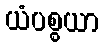
ယံပစ္စယာ